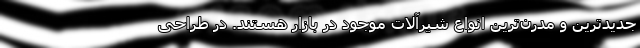
جدیدترین و مدرن‌ترین انواع شیرآلات موجود در بازار هستند. در طراحی